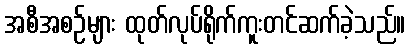
အစီအစဉ်များ ထုတ်လုပ်ရိုက်ကူးတင်ဆက်ခဲ့သည်။